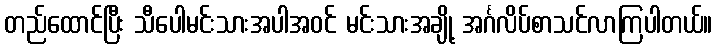
တည်ထောင်ပြီး သီပေါမင်းသားအပါအဝင် မင်းသားအချို့ အင်္ဂလိပ်စာသင်လာကြပါတယ်။